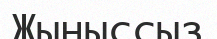
Жыныссыз